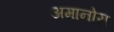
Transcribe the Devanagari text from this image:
अमानोरा